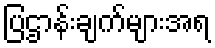
ပြဌာန်းချက်များအရ